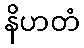
နိဟတံ